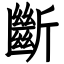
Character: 斷